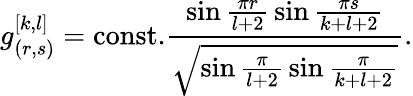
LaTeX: g_{(r,s)}^{[k,l]}=\mathrm{const.}{\frac{\sin{\frac{\pi r}{l+2}}\sin{\frac{\pi s}{k+l+2}}}{\sqrt{\sin{\frac{\pi}{l+2}}\sin{\frac{\pi}{k+l+2}}}}}.